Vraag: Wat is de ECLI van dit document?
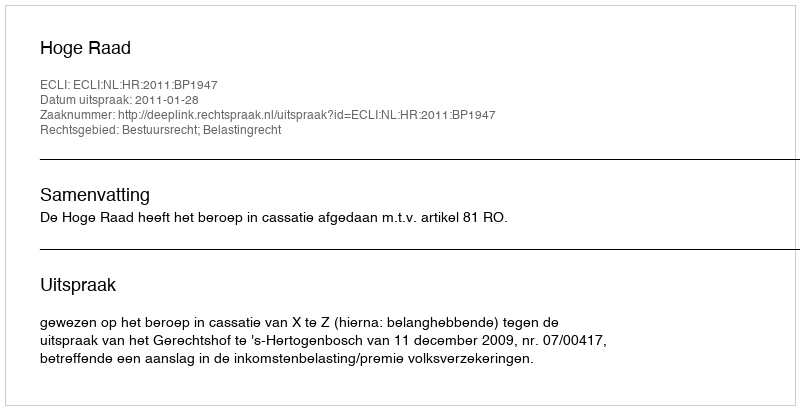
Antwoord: ECLI:NL:HR:2011:BP1947